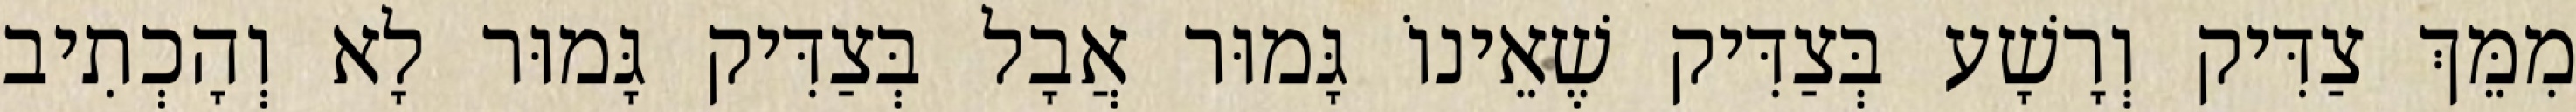
מִמֵּךְ צַדִּיק וְרָשָׁע בְּצַדִּיק שֶׁאֵינוֹ גָּמוּר אֲבָל בְּצַדִּיק גָּמוּר לָא וְהָכְתִיב